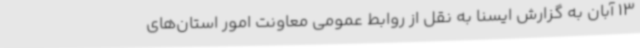
13 آبان به گزارش ایسنا به نقل از روابط عمومی معاونت امور استان‌های